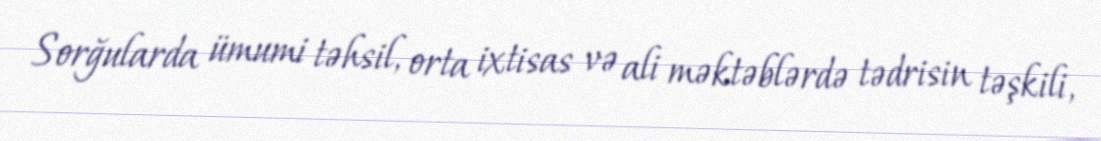
Sorğularda ümumi təhsil, orta ixtisas və ali məktəblərdə tədrisin təşkili,